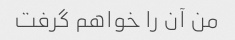
من آن را خواهم گرفت